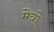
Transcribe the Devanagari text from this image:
मेत्रो